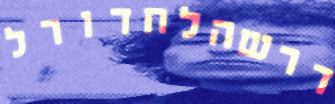
דרשהלחדורל